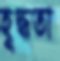
হূদ্ধতা